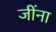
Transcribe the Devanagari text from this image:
जींना